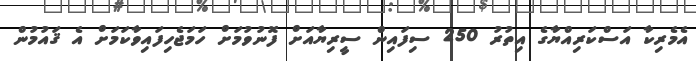
އެމެރިކާ އަސްކަރިއްޔާގެ އިތުރު 250 ސިފައިން ސީރިޔާއަށް ފޮނުވުމަށް ހަމަޖެހިފައިވާކަމަށް އެ ޤައުމުން